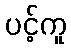
ပင့်ကူ